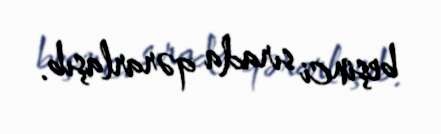
beşinci sırada qərarlaşıb.